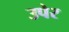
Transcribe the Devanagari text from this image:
उपेर